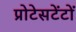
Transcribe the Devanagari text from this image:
प्रोटेसटेंटों